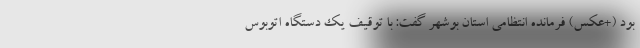
بود (+عکس) فرمانده انتظامی استان بوشهر گفت: با توقیف یک دستگاه اتوبوس